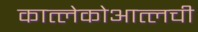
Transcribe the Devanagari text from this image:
कात्लेकोआत्लची